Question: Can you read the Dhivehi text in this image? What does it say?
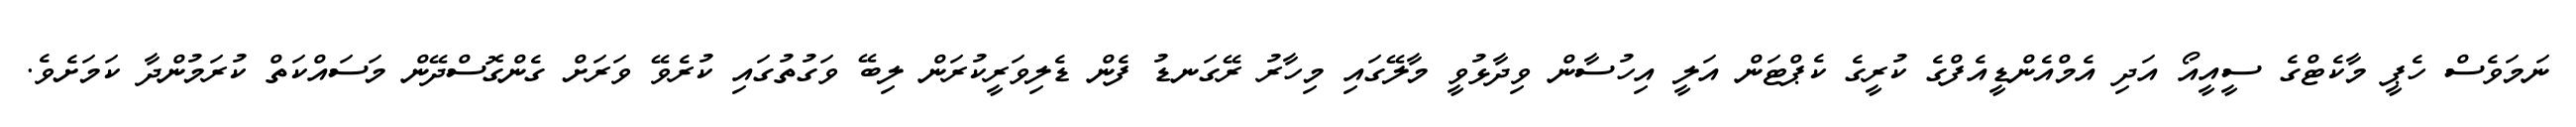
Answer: ނަމަވެސް ހެޕީ މާކެޓްގެ ސީއީއޯ އަދި އެމްއެންޑީއެފްގެ ކުރީގެ ކެޕްޓަން އަލީ އިހުސާން ވިދާޅުވީ މާލޭގައި މިހާރު ރޭގަނޑު ފެން ޑެލިވަރީކުރަން ލިބޭ ވަގުތުގައި ކުރެވޭ ވަރަށް ގެންގޮސްދޭން މަސައްކަތް ކުރަމުންދާ ކަމަށެވެ.